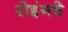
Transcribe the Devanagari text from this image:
रोइंगचे